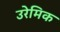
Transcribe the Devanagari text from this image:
उरेमिक